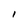
Character: I